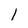
Character: l